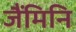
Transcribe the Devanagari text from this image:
जैंमिनि